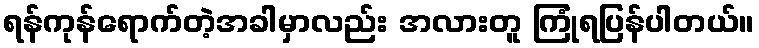
ရန်ကုန်ရောက်တဲ့အခါမှာလည်း အလားတူ ကြုံရပြန်ပါတယ်။